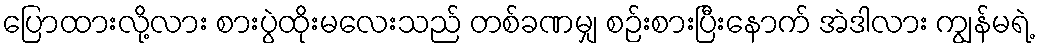
ပြောထားလို့လား စားပွဲထိုးမလေးသည် တစ်ခဏမျှ စဉ်းစားပြီးနောက် အဲဒါလား ကျွန်မရဲ့